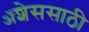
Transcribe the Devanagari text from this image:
ॲशेससाठी